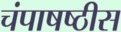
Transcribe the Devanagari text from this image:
चंपाषष्ठीस